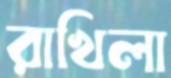
রাখিলা